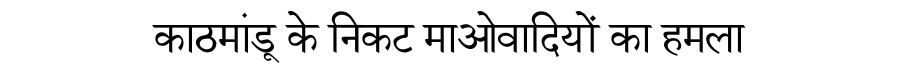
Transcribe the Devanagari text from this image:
काठमांडू के निकट माओवादियों का हमला